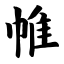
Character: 帷